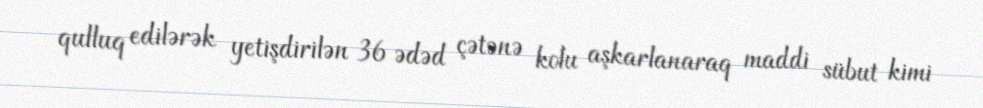
qulluq edilərək yetişdirilən 36 ədəd çətənə kolu aşkarlanaraq maddi sübut kimi